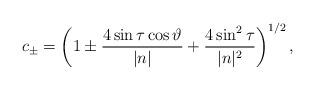
LaTeX: \begin{align*}c_{\pm}=\left(1\pm\frac{4\sin\tau\cos\vartheta}{|n|}+\frac{4\sin^2\tau}{|n|^2}\right)^{1/2},\end{align*}